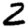
Digit: 2